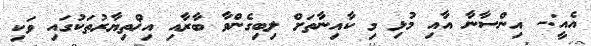
އެއީ:- އިންސާނާ އާއި މުޅި މި ކާއިނާތަށް ލިބިގެންވާ ބާރާއި އިޚްތިޔާރުތަކުގައި ވަކި